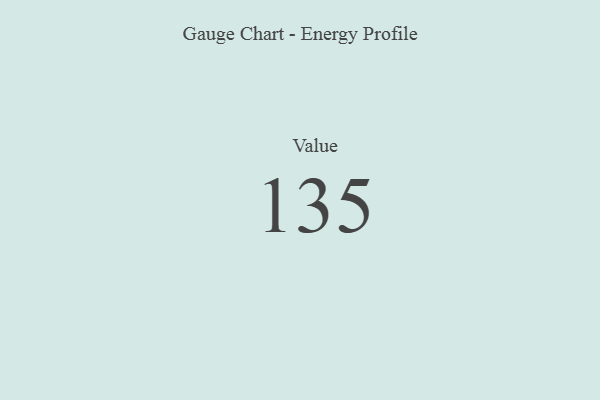
{"axis": {"x": "Metric", "y": "Value"}, "legend": [""], "data": [{"x": "Value", "y": 135, "type": ""}]}